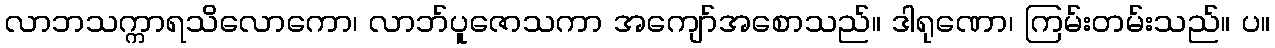
လာဘသက္ကာရသိလောကော၊ လာဘ်ပူဇောသကာ အကျော်အစောသည်။ ဒါရုဏော၊ ကြမ်းတမ်းသည်။ ပ။